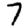
Digit: 7